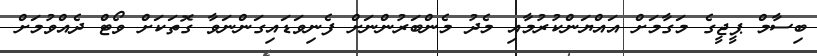
ބިސާމް ޕީޖީގެ މަގާމަށް އައްޔަންކުރުމާއި މެދު މެންބަރުންނަށް ފެނިވަޑައިގަންނަވާ ގޮތަކަށް ވޯޓް ދެއްވުމަށް